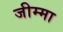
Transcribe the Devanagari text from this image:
जीम्मा